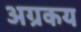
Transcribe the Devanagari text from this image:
अग्रकय